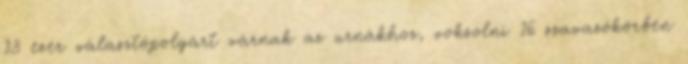
13 ezer választópolgárt várnak az urnákhoz, voksolni 16 szavazókörben